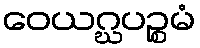
ဝေယဂ္ဃပဉ္စမံ